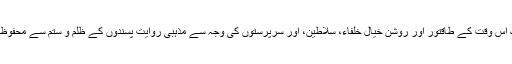
یہ لوگ اس وقت کے طاقتور اور روشن خیال خلفاء، سلاطین، اور سرپرستوں کی وجہ سے مذہبی روایت پسندوں کے ظلم و ستم سے محفوظ رہے ۔